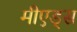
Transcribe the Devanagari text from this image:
मीएड्स